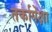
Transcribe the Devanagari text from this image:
तर्कापेक्षा